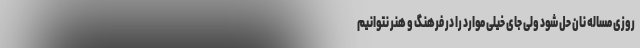
روزی مساله نان حل شود ولی جای خیلی موارد را در فرهنگ و هنر نتوانیم